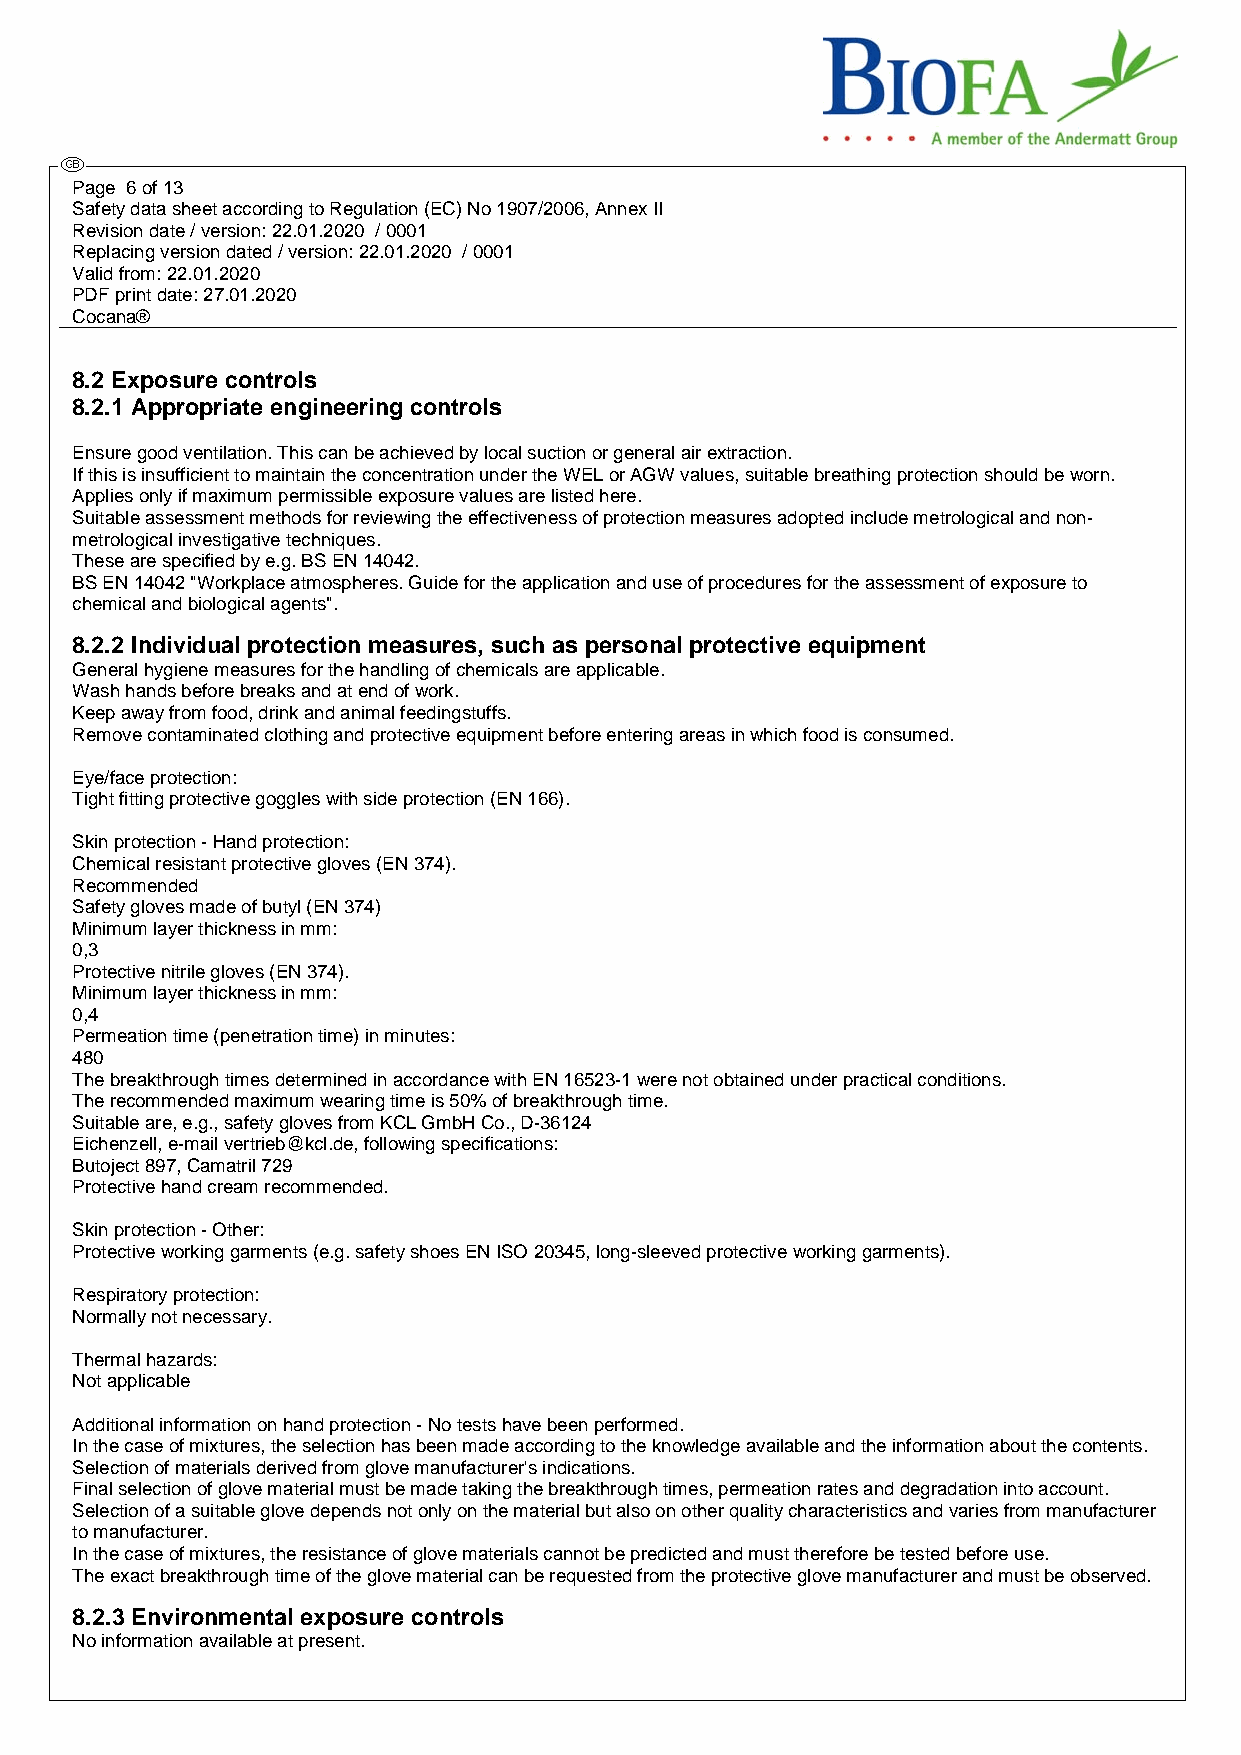
Page 6 of 13
 Safety data sheet according to Regulation (EC) No 1907/2006, Annex II
 Revision date / version: 22.01.2020 / 0001
 Replacing version dated / version: 22.01.2020 / 0001
 Valid from: 22.01.2020
 PDF print date: 27.01.2020
 Cocana®
 8.2 Exposure controls
 8.2.1 Appropriate engineering controls
 Ensure good ventilation. This can be achieved by local suction or general air extraction.
 If this is insufficient to maintain the concentration under the WEL or AGW values, suitable breathing protection should be worn.
 Applies only if maximum permissible exposure values are listed here.
 Suitable assessment methods for reviewing the effectiveness of protection measures adopted include metrological and non-
 metrological investigative techniques.
 These are specified by e.g. BS EN 14042.
 BS EN 14042 "Workplace atmospheres. Guide for the application and use of procedures for the assessment of exposure to
 chemical and biological agents".
 8.2.2 Individual protection measures, such as personal protective equipment
 General hygiene measures for the handling of chemicals are applicable.
 Wash hands before breaks and at end of work.
 Keep away from food, drink and animal feedingstuffs.
 Remove contaminated clothing and protective equipment before entering areas in which food is consumed.
 Eye/face protection:
 Tight fitting protective goggles with side protection (EN 166).
 Skin protection - Hand protection:
 Chemical resistant protective gloves (EN 374).
 Recommended
 Safety gloves made of butyl (EN 374)
 Minimum layer thickness in mm:
 0,3
 Protective nitrile gloves (EN 374).
 Minimum layer thickness in mm:
 0,4
 Permeation time (penetration time) in minutes:
 480
 The breakthrough times determined in accordance with EN 16523-1 were not obtained under practical conditions.
 The recommended maximum wearing time is 50% of breakthrough time.
 Suitable are, e.g., safety gloves from KCL GmbH Co., D-36124
 Eichenzell, e-mail vertrieb@kcl.de, following specifications:
 Butoject 897, Camatril 729
 Protective hand cream recommended.
 Skin protection - Other:
 Protective working garments (e.g. safety shoes EN ISO 20345, long-sleeved protective working garments).
 Respiratory protection:
 Normally not necessary.
 Thermal hazards:
 Not applicable
 Additional information on hand protection - No tests have been performed.
 In the case of mixtures, the selection has been made according to the knowledge available and the information about the contents.
 Selection of materials derived from glove manufacturer's indications.
 Final selection of glove material must be made taking the breakthrough times, permeation rates and degradation into account.
 Selection of a suitable glove depends not only on the material but also on other quality characteristics and varies from manufacturer
 to manufacturer.
 In the case of mixtures, the resistance of glove materials cannot be predicted and must therefore be tested before use.
 The exact breakthrough time of the glove material can be requested from the protective glove manufacturer and must be observed.
 8.2.3 Environmental exposure controls
 No information available at present.